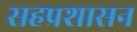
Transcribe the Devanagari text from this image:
सहप्रशासन